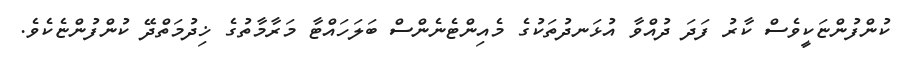
ކުންފުންޏަކީވެސް ކާރު ފަދަ ދުއްވާ އުޅަނދުތަކުގެ މެއިންޓެނެންސް ބަލަހައްޓާ މަރާމާތުގެ ޚިދުމަތްދޭ ކުންފުންޏެކެވެ.